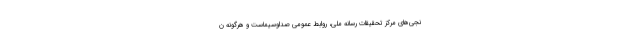
نجی‌های مرکز تحقیقات رسانه ملی، روابط عمومی صداوسیماست و هرگونه ن